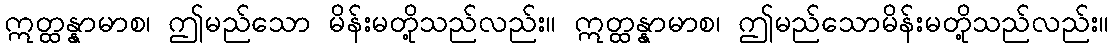
ဣတ္ထန္နာမာစ၊ ဤမည်သော မိန်းမတို့သည်လည်း။ ဣတ္ထန္နာမာစ၊ ဤမည်သောမိန်းမတို့သည်လည်း။